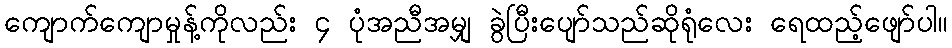
ကျောက်ကျောမှုန့်ကိုလည်း ၄ ပုံအညီအမျှ ခွဲပြီးပျော်သည်ဆိုရုံလေး ရေထည့်ဖျော်ပါ။